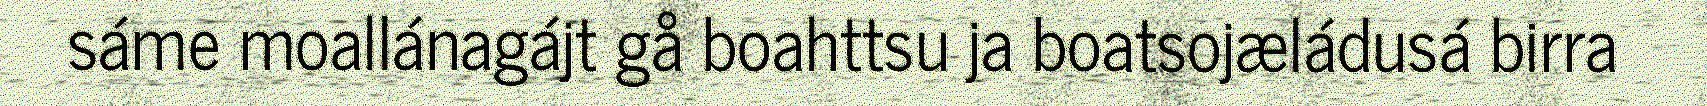
sáme moallánagájt gå boahttsu ja boatsojæládusá birra